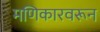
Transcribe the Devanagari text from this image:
मणिकारवरून